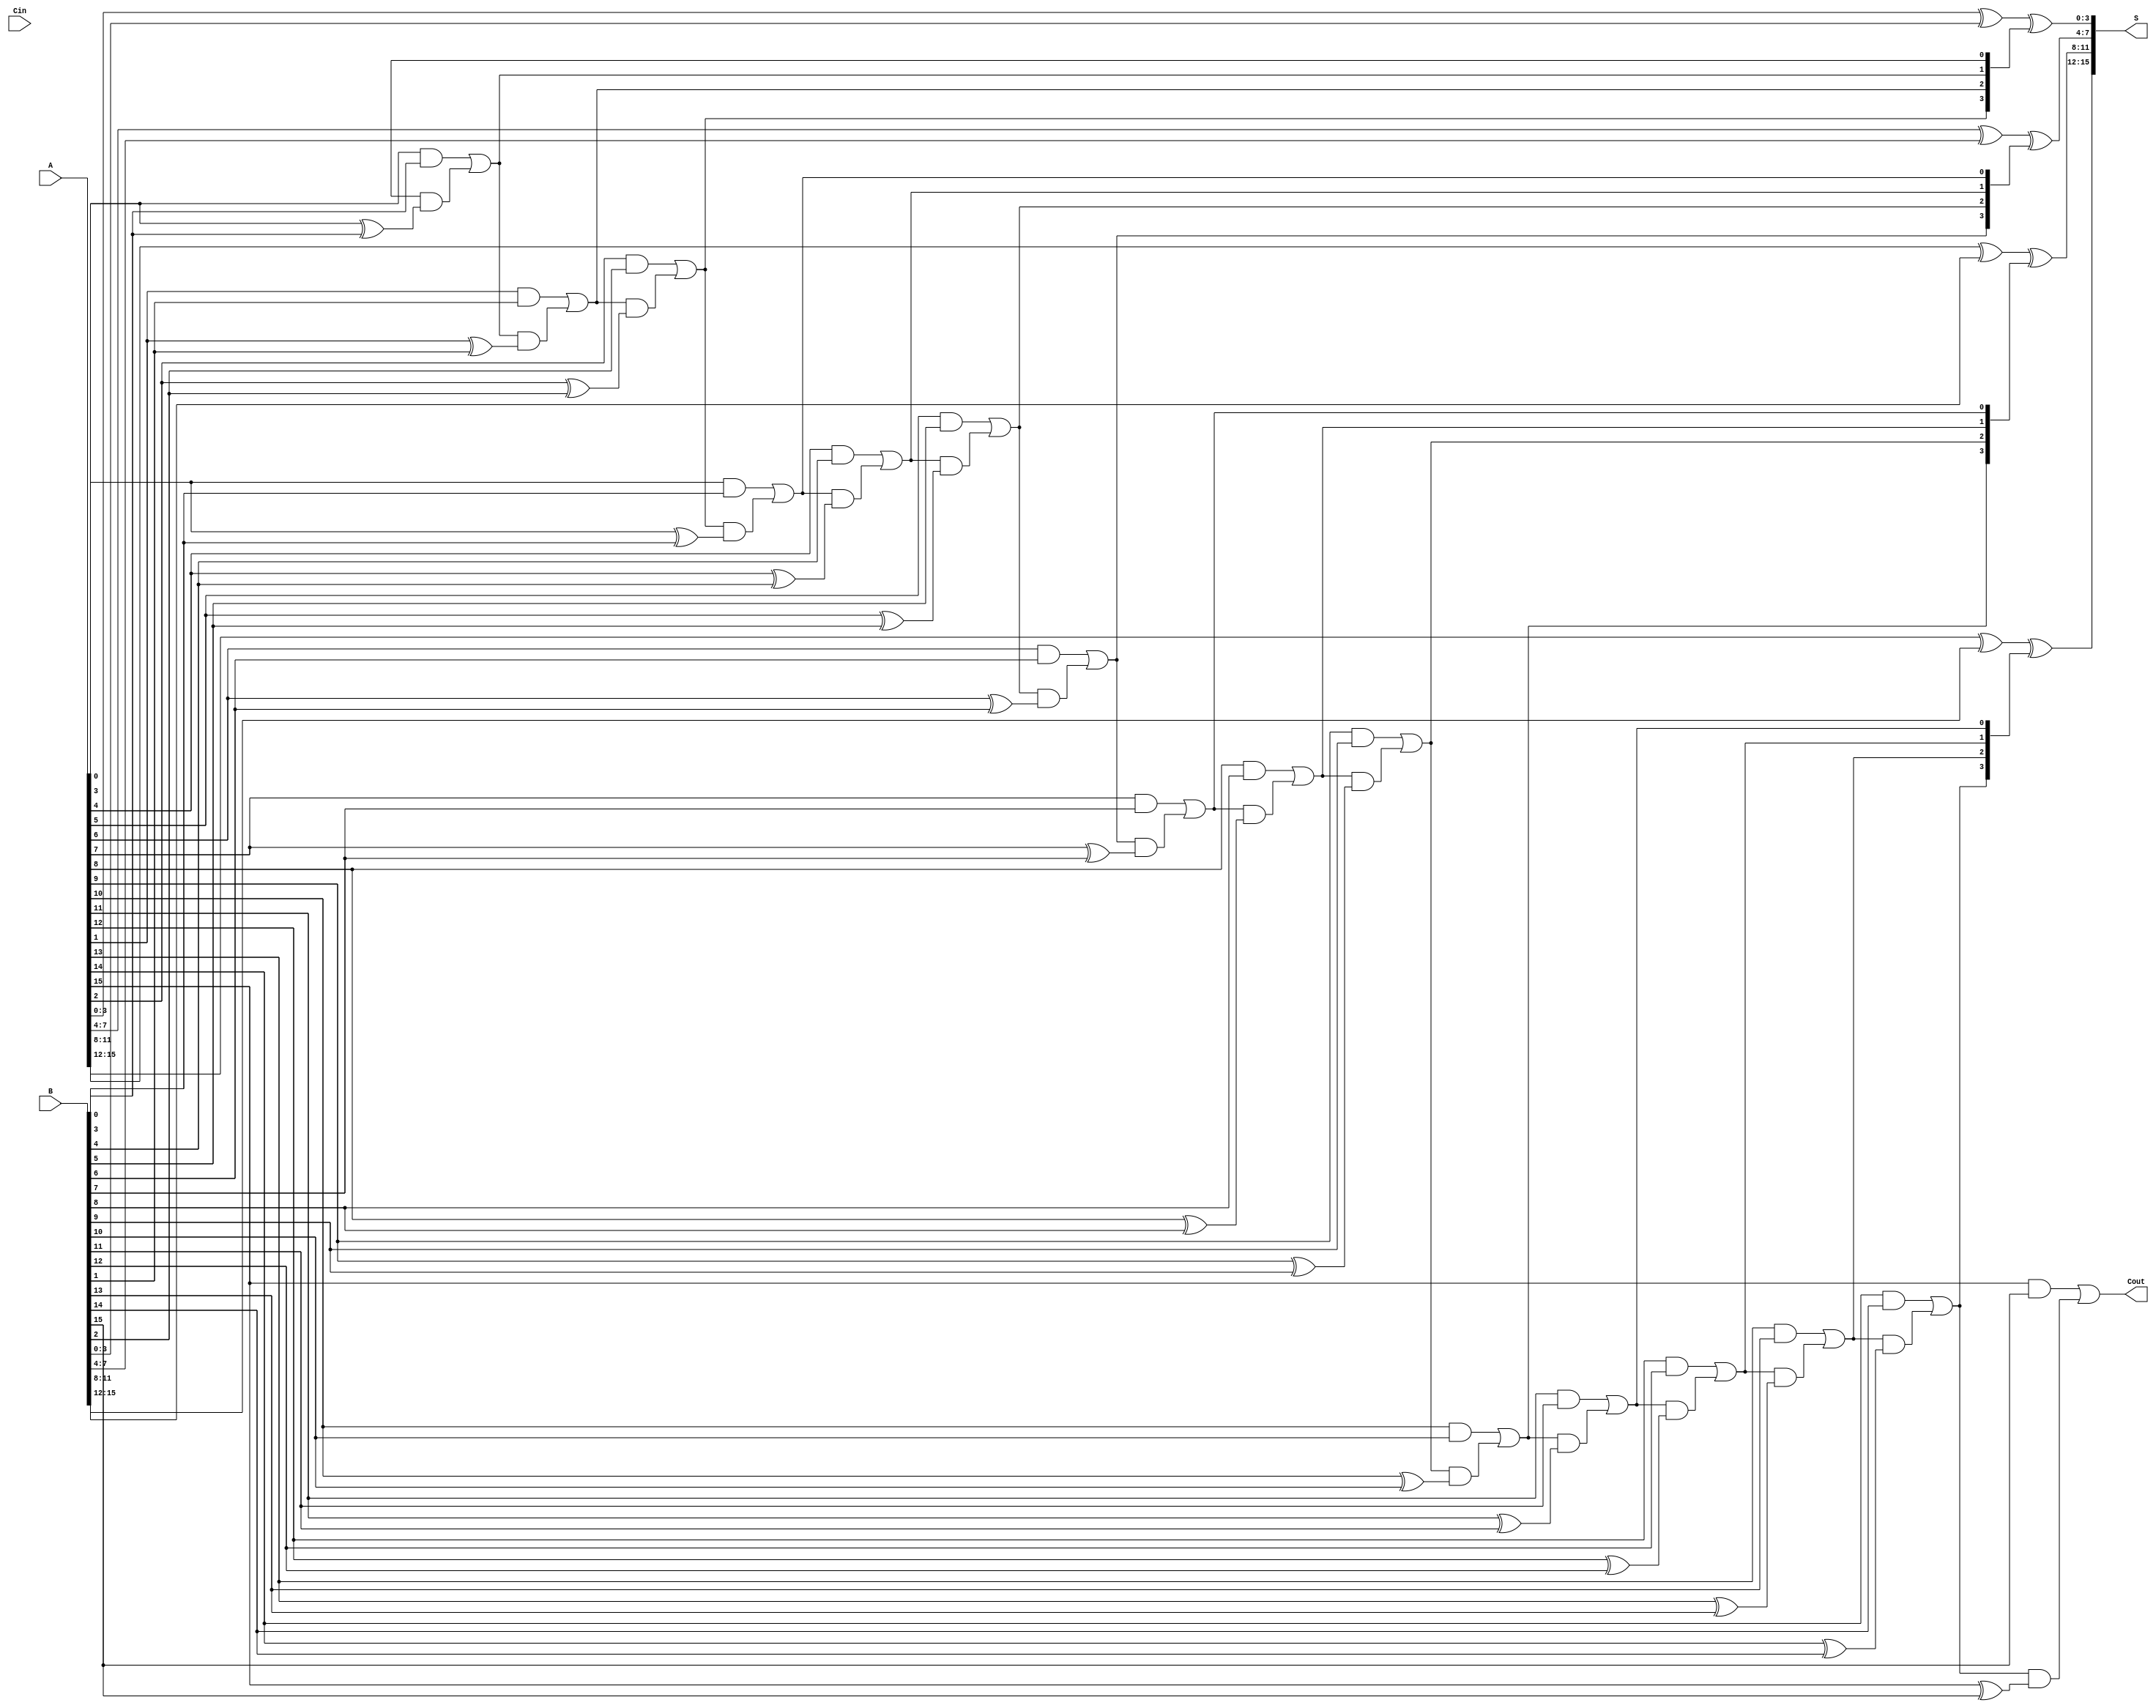
module han_carlson_adder #(parameter N = 16) (
    input [N-1:0] A,         // First input
    input [N-1:0] B,         // Second input
    input Cin,               // Carry input
    output [N-1:0] S,        // Sum output
    output Cout              // Carry output
);

    // Number of groups
    localparam GROUP_SIZE = 4;
    localparam NUM_GROUPS = N / GROUP_SIZE;

    // Carry signals
    wire [NUM_GROUPS:0] group_carry; // Carry for each group
    wire [GROUP_SIZE-1:0] local_sum[NUM_GROUPS-1:0]; // Sum for each group

    // Generate local carry and sum for each group
    genvar i;
    generate
        for (i = 0; i < NUM_GROUPS; i = i + 1) begin : group
            // Local carry for this group
            wire [GROUP_SIZE-1:0] a = A[(i*GROUP_SIZE) +: GROUP_SIZE];
            wire [GROUP_SIZE-1:0] b = B[(i*GROUP_SIZE) +: GROUP_SIZE];
            wire group_cin = group_carry[i];
            
            // Carry generation
            wire [GROUP_SIZE:0] carry;
            assign carry[0] = group_cin; // Initial carry
            genvar j;
            for (j = 0; j < GROUP_SIZE; j = j + 1) begin
                // Carry generation logic
                assign carry[j+1] = (a[j] & b[j]) | (carry[j] & (a[j] ^ b[j]));
            end
            
            // Propagate carry to the next group
            assign group_carry[i + 1] = carry[GROUP_SIZE];
            
            // Sum for this group
            assign local_sum[i] = a ^ b ^ carry[GROUP_SIZE-1:0];
        end
    endgenerate

    // Output final sum
    generate
        for (i = 0; i < NUM_GROUPS; i = i + 1) begin : sum_output
            assign S[(i*GROUP_SIZE) +: GROUP_SIZE] = local_sum[i];
        end
    endgenerate

    // Final carry out
    assign Cout = group_carry[NUM_GROUPS];

endmodule